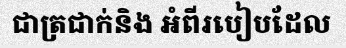
ជាត្រជាក់និង អំពីរបៀបដែល